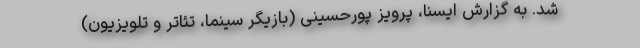
شد. به گزارش ایسنا، پرویز پورحسینی (بازیگر سینما، تئاتر و تلویزیون)